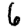
Digit: 6